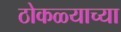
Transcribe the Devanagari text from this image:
ठोकळ्याच्या